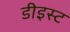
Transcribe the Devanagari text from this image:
डीइस्ट